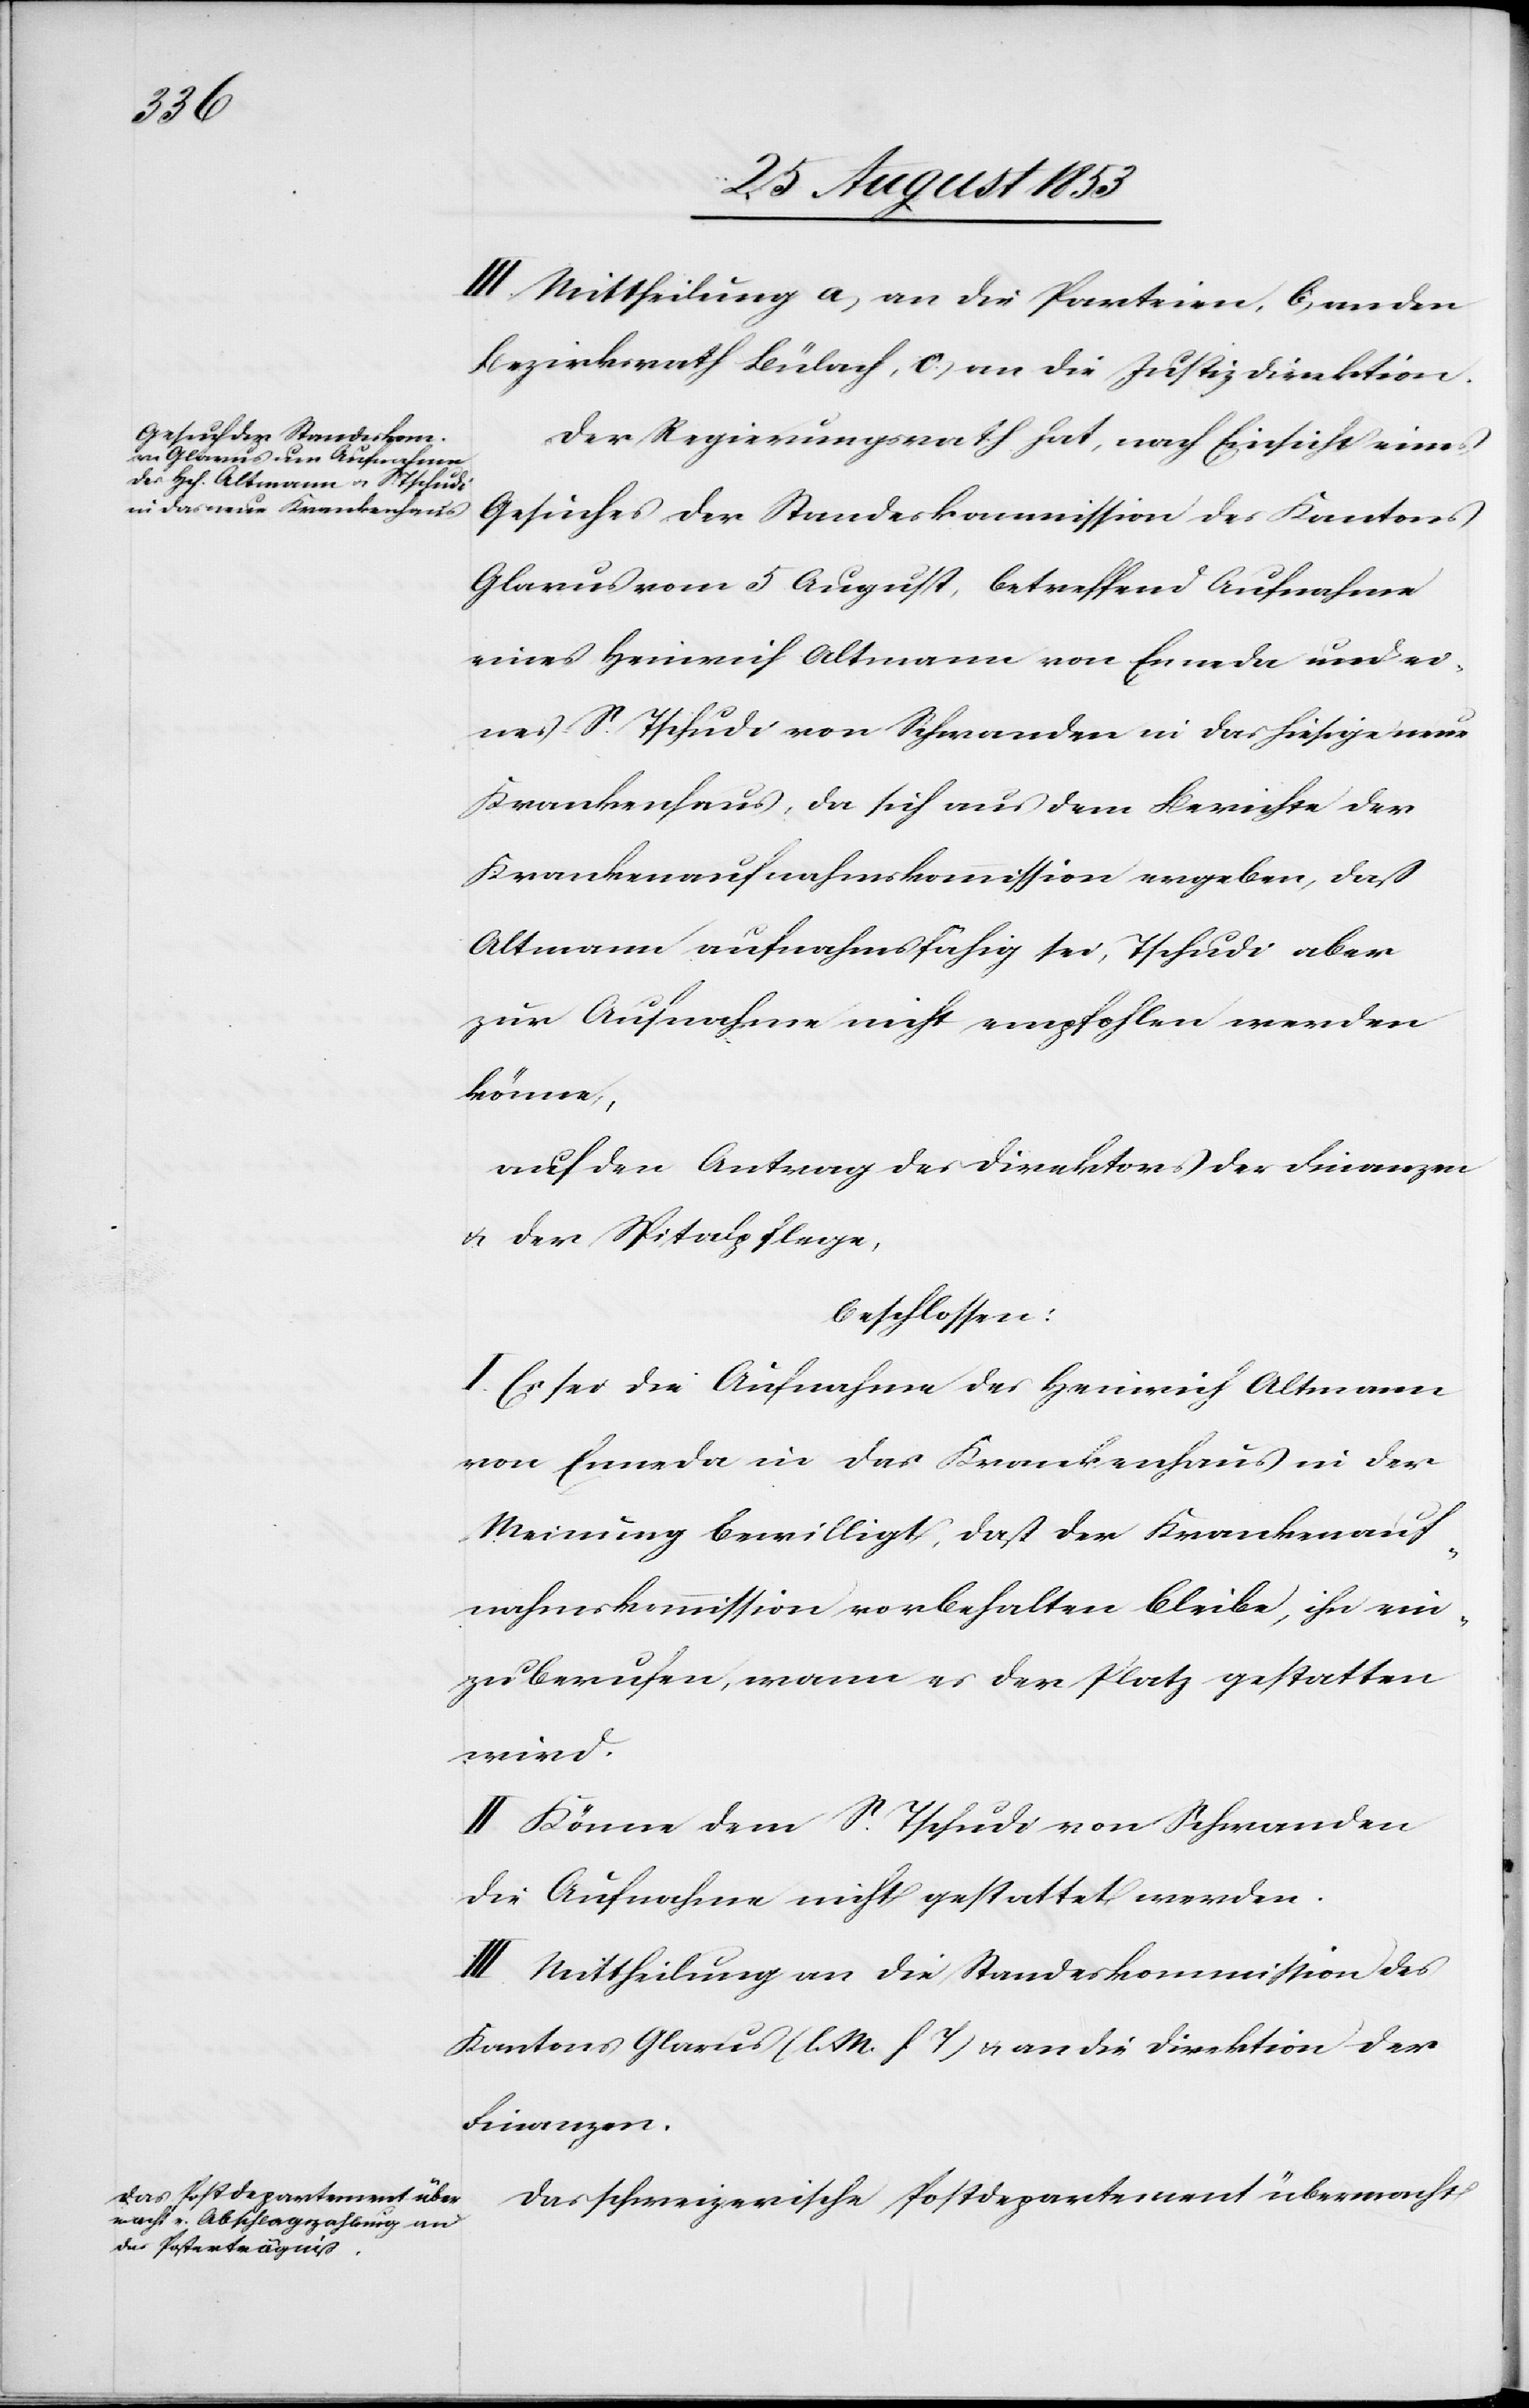
III. Mittheilung a, an die Parteien, b, an den
Bezirksrath Bülach, c, an die Justizdirektion.
Der Regierungsrath hat, nach Einsicht eines
Gesuches der Standeskommißion des Kantons
Glarus vom 5 August, betreffend Aufnahme
eines Heinrich Altmann von Enneda und ei¬
nes S. Tschudi von Schwanden in das hiesige neue
Krankenhaus, da sich aus dem Berichte der
Krankenaufnahmskommission ergeben, daß
Altmann aufnahmsfähig sei, Tschudi aber
zur Aufnahme nicht empfohlen werden
könne,
auf den Antrag der Direktion der Finanzen
u. der Spitalpflege
beschlossen:
I. Es sei die Aufnahme des Heinrich Altmann
von Enneda in das Krankenhaus in der
Meinung bewililgt, daß der Krankenauf¬
nahmskommission vorbehalten bleibe, ihn ein¬
zuberufen, wann es der Platz gestatten
wird.
II. Könne dem S. Tschudi von Schwanden
die Aufnahme nicht gestattet werden.
III. Mittheilung an die Standeskommission des
Kantons Glarus [l. M. h. T] u. an die Direktion der
Finanzen.
Das schweizerische Postdepartement übermacht